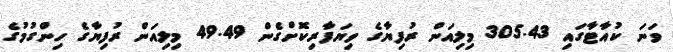
ވަނަ ކުއާޓާގައި 305.43 މިލިއަން ރުފިޔާގެ ވިޔަފާރިކޮށްގެން 49.49 މިލިއަން ރުފިޔާގެ ހިންގުމުގެ